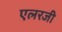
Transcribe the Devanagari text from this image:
एलरजी